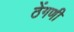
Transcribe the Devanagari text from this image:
ठेंगणी